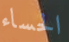
الحساء